画像に写った文字を読んでください
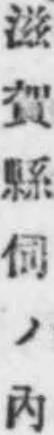
「滋賀縣伺ノ內」と書いてあります